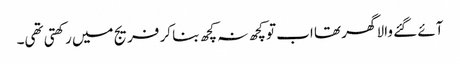
آئے گئے والا گھر تھا اب تو کچھ نہ کچھ بنا کر فریج میں رکھتی تھی۔